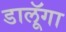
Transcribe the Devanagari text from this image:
डालूॅगा